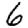
Digit: 6